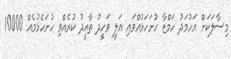
މިސާލަކަށް އަހުމަދު ހަމްޒާ ހުށަހަޅުއްވައި އަލީ ވަހީދު ތާއީދު ކުރެއްވި ހުށަހެޅުމެއް 10000